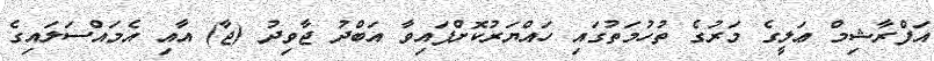
އަފްރާޝިމް ޢަލީގެ މަރުގެ ތުހުމަތުގައި ހައްޔަރުކޮށްފައިވާ އަބްދު ޖާވިދު (ޖާ) އާއި އެމައްސަލައިގެ